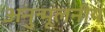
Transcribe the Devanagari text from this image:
अनुन्मूलनीय